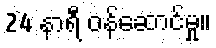
24 နာရီ ဝန်ဆောင်မှု။